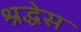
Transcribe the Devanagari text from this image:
श्रद्धेस